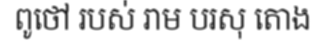
ពូថៅ របស់ រាម បរសុ តោង